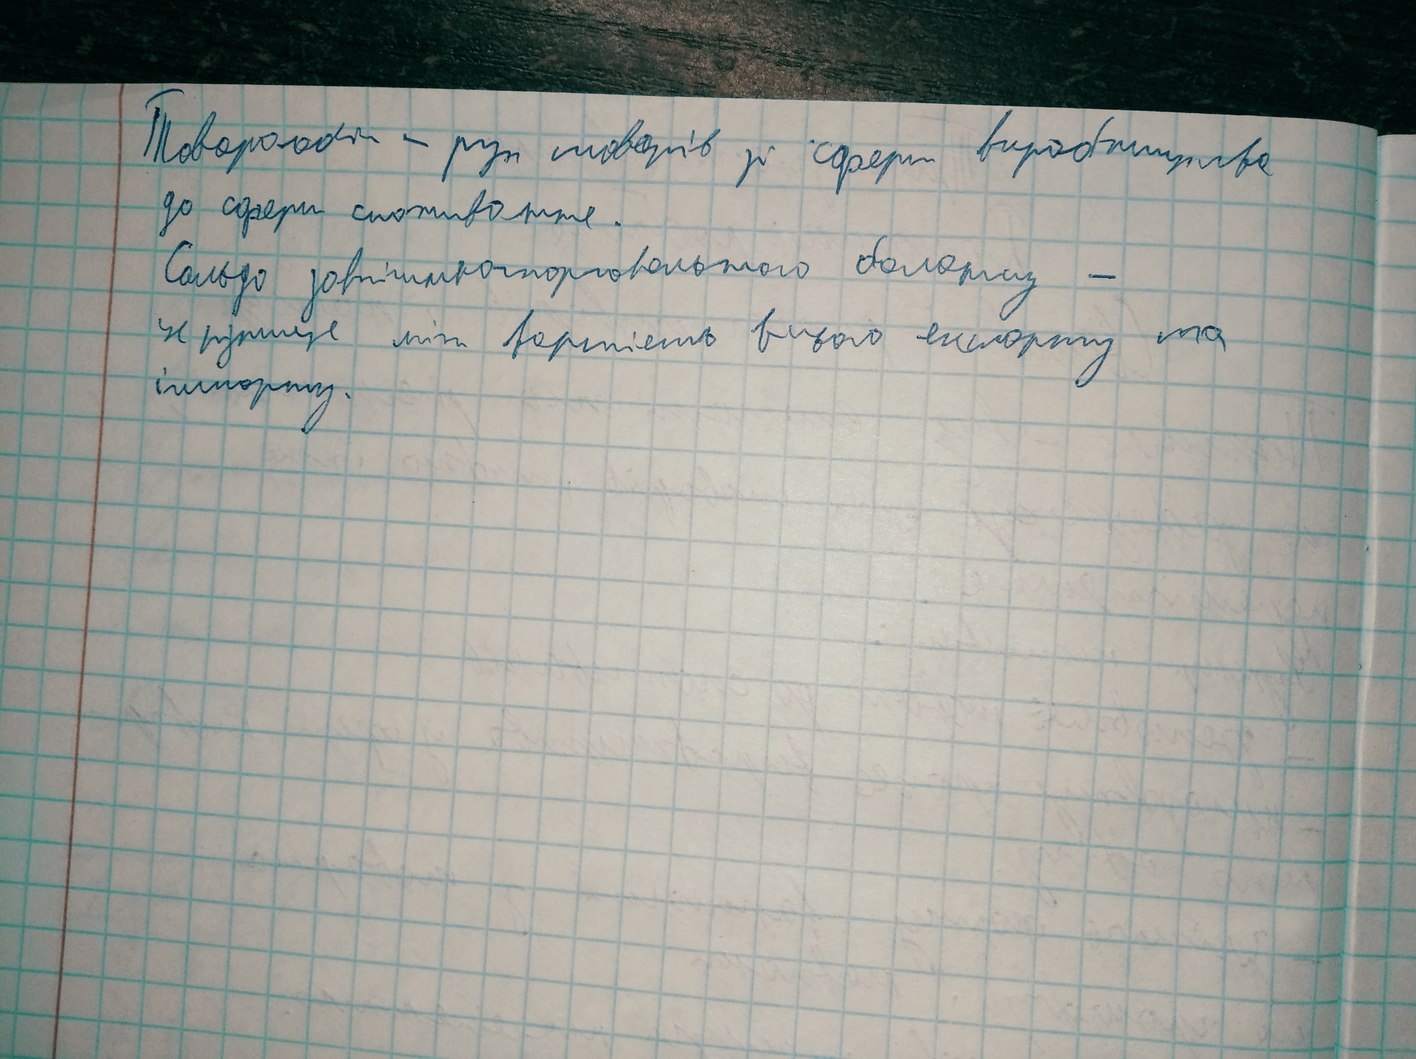
Товарообіг - рух товарів зі сфери виробництва
до сфери споживання.
Сальдо зовнішньоторговельного балансу -
це різниця між вартістю всього експорту та
імпорту.